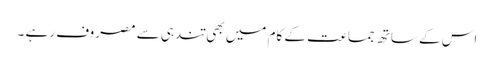
اس کے ساتھ جماعت کے کام میں بھی تندہی سے مصروف رہے ۔